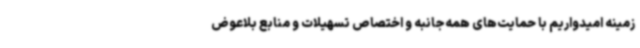
زمینه امیدواریم با حمایت‌های همه‌جانبه و اختصاص تسهیلات و منابع بلاعوض